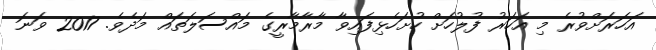
އަހަރަށްވުރެ މި އަހަރު ފުލުހަށް ހުށަހެޅިފައިވާ މާރާމާރީގެ މައްސަލަތައް މަދެވެ. 2017 ވަނަ